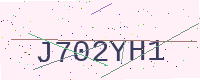
Text: J702YH1